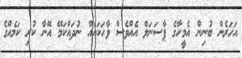
އަހަރެން ބުނިން އެމީހާގެ ޕާސަނަލް އެއްވެސް ވާހަކައެއް ނުދައްކަމޭ އޭނާ ކުރި ކަމެއްގެ